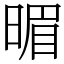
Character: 𣈲